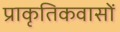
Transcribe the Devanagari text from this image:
प्राकृतिकवासों